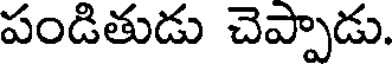
పండితుడు చెప్పాడు.